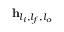
\mathbf { h } _ { l _ { i } , l _ { f } , l _ { o } }